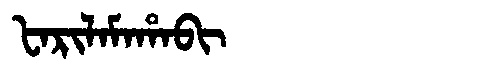
Manchu: ᡶᠠᡵᡳᠯᠠᠮᠠᡥᠠᠪᡳ
Romanization: FARILAMAHABI